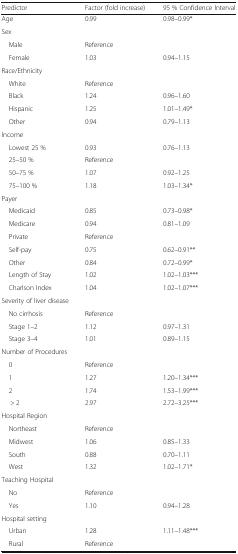
| Predictor | Factor (fold increase) | 95 % Confidence Interval |
 | --- | --- | --- |
 | Age | 0.99 | 0.98–0.99* |
 | <COLSPAN=3> Sex |
 | Male | Reference |  |
 | Female | 1.03 | 0.94–1.15 |
 | <COLSPAN=3> Race/Ethnicity |
 | White | Reference |  |
 | Black | 1.24 | 0.96–1.60 |
 | Hispanic | 1.25 | 1.01–1.49* |
 | Other | 0.94 | 0.79–1.13 |
 | Income | <COLSPAN=2>  |
 | Lowest 25 % | 0.93 | 0.76–1.13 |
 | 25–50 % | Reference |  |
 | 50–75 % | 1.07 | 0.92–1.25 |
 | 75–100 % | 1.18 | 1.03–1.34* |
 | <COLSPAN=3> Payer |
 | Medicaid | 0.85 | 0.73–0.98* |
 | Medicare | 0.94 | 0.81–1.09 |
 | Private | Reference |  |
 | Self-pay | 0.75 | 0.62–0.91** |
 | Other | 0.84 | 0.72–0.99* |
 | Length of Stay | 1.02 | 1.02–1.03*** |
 | Charlson Index | 1.04 | 1.02–1.07*** |
 | <COLSPAN=3> Severity of liver disease |
 | No cirrhosis | Reference |  |
 | Stage 1–2 | 1.12 | 0.97–1.31 |
 | Stage 3–4 | 1.01 | 0.89–1.15 |
 | Number of Procedures | <COLSPAN=2>  |
 | 0 | Reference |  |
 | 1 | 1.27 | 1.20–1.34*** |
 | 2 | 1.74 | 1.53–1.99*** |
 | > 2 | 2.97 | 2.72–3.25*** |
 | <COLSPAN=3> Hospital Region |
 | Northeast | Reference |  |
 | Midwest | 1.06 | 0.85–1.33 |
 | South | 0.88 | 0.70–1.11 |
 | West | 1.32 | 1.02–1.71* |
 | <COLSPAN=3> Teaching Hospital |
 | No | Reference |  |
 | Yes | 1.10 | 0.94–1.28 |
 | <COLSPAN=3> Hospital setting |
 | Urban | 1.28 | 1.11–1.48*** |
 | Rural | Reference |  |